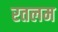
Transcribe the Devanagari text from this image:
रतलम